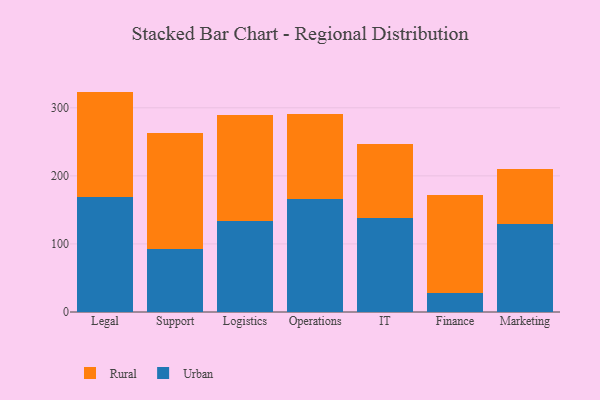
{"axis": {"x": "Department", "y": "Page Views"}, "legend": ["Rural", "Urban"], "data": [{"x": "Legal", "y": 168.9, "type": "Urban"}, {"x": "Legal", "y": 154.9, "type": "Rural"}, {"x": "Support", "y": 93.1, "type": "Urban"}, {"x": "Support", "y": 169.3, "type": "Rural"}, {"x": "Logistics", "y": 134.3, "type": "Urban"}, {"x": "Logistics", "y": 155.6, "type": "Rural"}, {"x": "Operations", "y": 165.6, "type": "Urban"}, {"x": "Operations", "y": 125.0, "type": "Rural"}, {"x": "IT", "y": 138.0, "type": "Urban"}, {"x": "IT", "y": 108.7, "type": "Rural"}, {"x": "Finance", "y": 28.5, "type": "Urban"}, {"x": "Finance", "y": 143.7, "type": "Rural"}, {"x": "Marketing", "y": 129.4, "type": "Urban"}, {"x": "Marketing", "y": 81.0, "type": "Rural"}]}